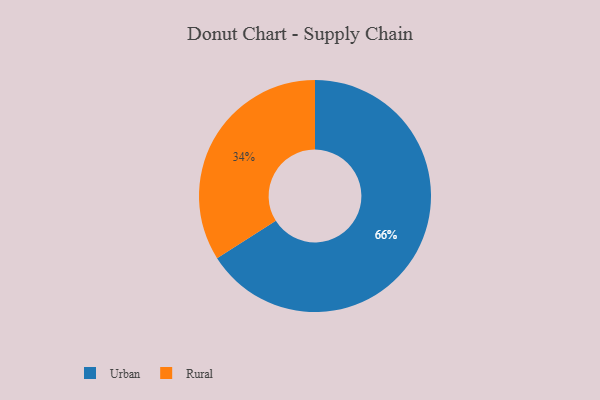
{"axis": {"x": "Category", "y": "Percentage"}, "legend": ["Rural", "Urban"], "data": [{"x": "Urban", "y": 66, "type": "Urban"}, {"x": "Rural", "y": 34, "type": "Rural"}]}